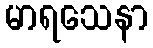
မာရသေနာ